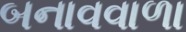
બનાવવાળા